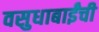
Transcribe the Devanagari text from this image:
वसुधाबाईंची